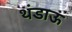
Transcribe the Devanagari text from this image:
थंडाऊ